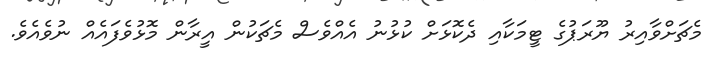
މެޗަށްވާއިރު ޔޫރަޕުގެ ޓީމަކާއި ދެކޮޅަށް ކުޅުނު އެއްވެސް މެޗަކުން އީރާން މޮޅުވެފައެއް ނުވެއެވެ.